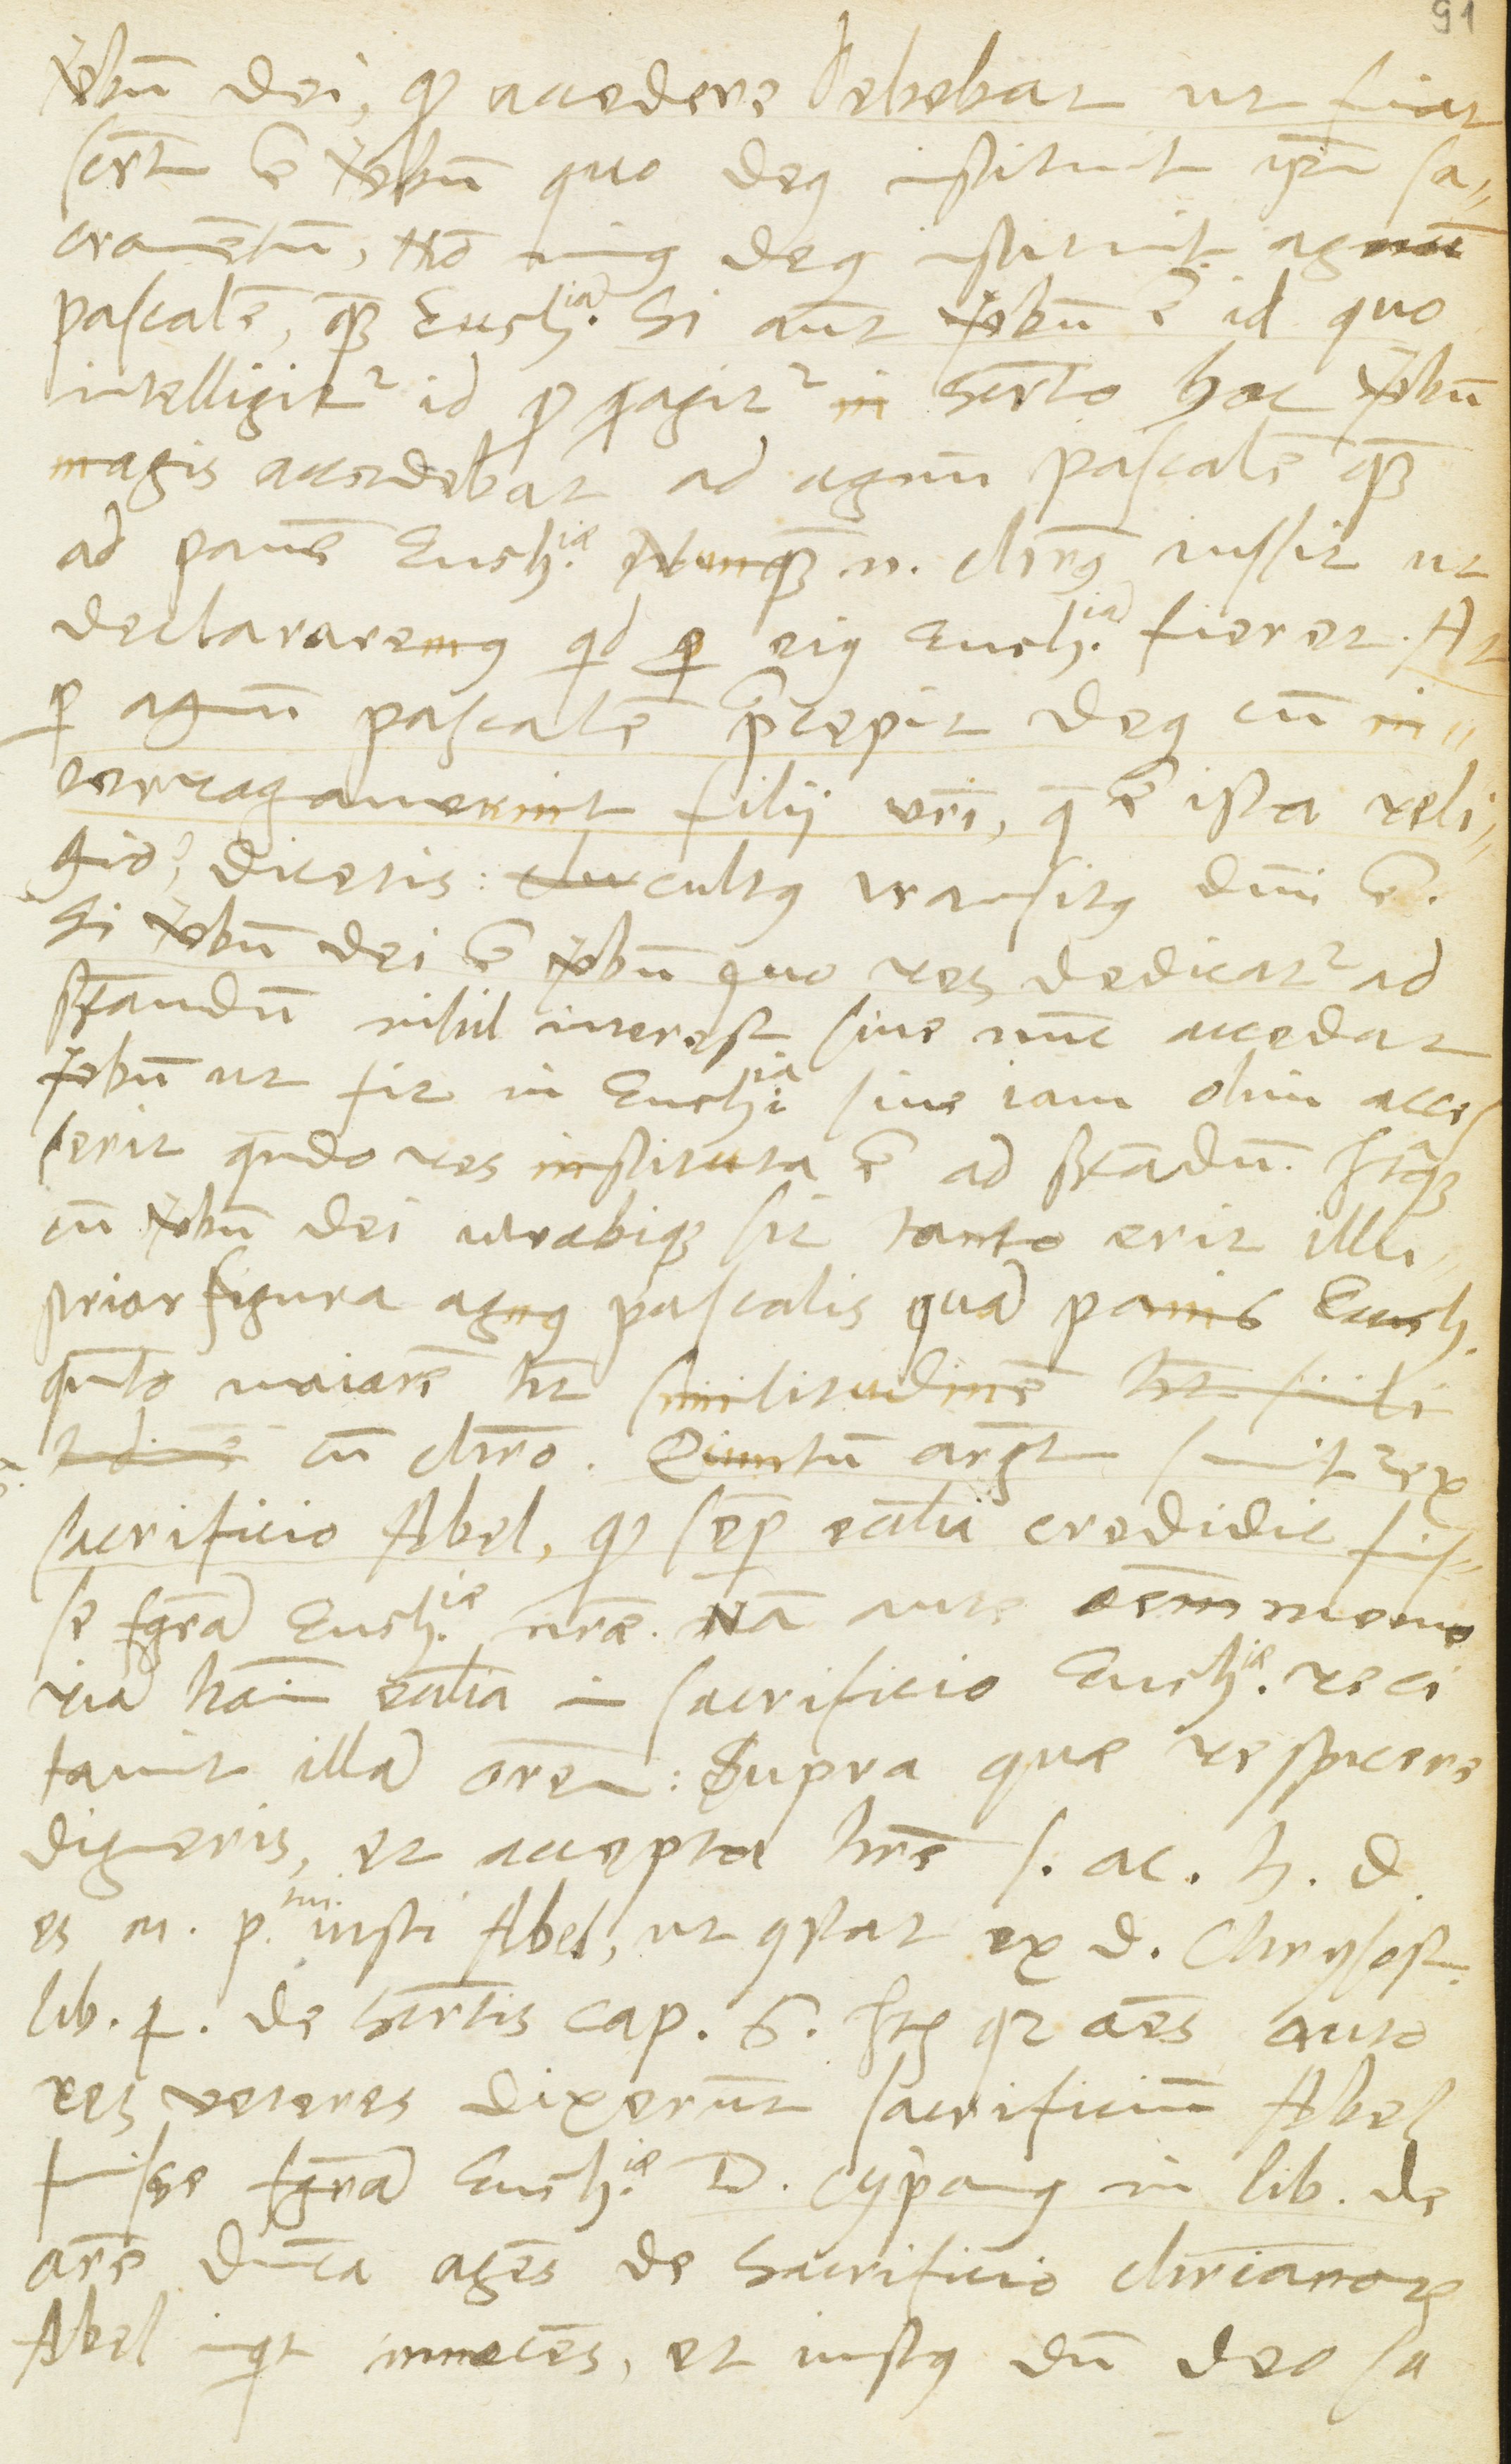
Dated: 1568–1568